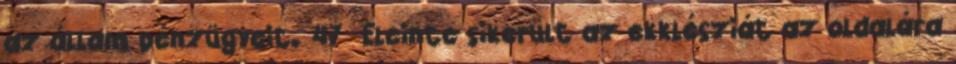
az állam pénzügyeit. 47 Eleinte sikerült az ekklésziát az oldalára